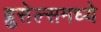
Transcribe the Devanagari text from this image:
ब्रुसेल्समध्ये